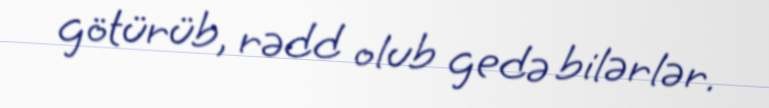
götürüb, rədd olub gedə bilərlər.